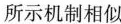
所示机制相似